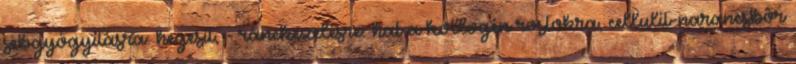
sebgyógyításra: hegesít, - ránckezelésre: hat a kollogén rostokra, cellulit-narancsbôr